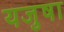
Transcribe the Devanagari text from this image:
यजुषा